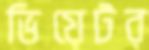
ভিয়েটর